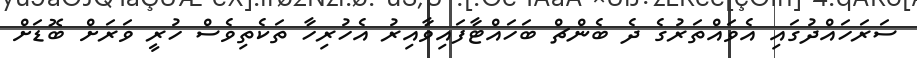
ސަރަހައްދުގައި އެވައްތަރުގެ ދެ ބެންޗް ބަހައްޓާފައިވާއިރު އެހުރިހާ ތަކެތިވެސް ހުރީ ވަރަށް ބޮޑަށް